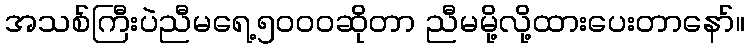
အသစ်ကြီးပဲညီမရေ့၅၀၀၀ဆိုတာ ညီမမို့လို့ထားပေးတာနော်။